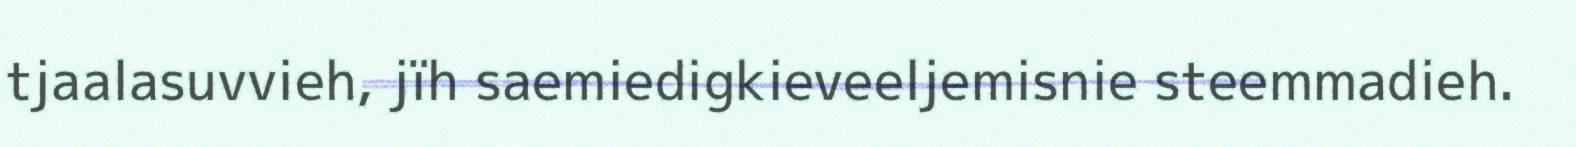
tjaalasuvvieh, jïh saemiedigkieveeljemisnie steemmadieh.